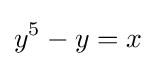
y^{5}-y=x